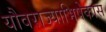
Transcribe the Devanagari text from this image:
यौवराज्याभिषेकास